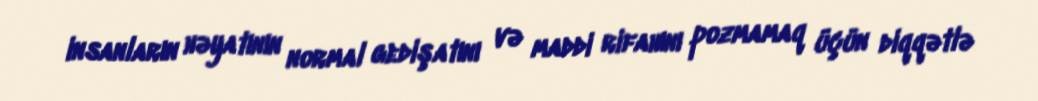
insanların həyatının normal gedişatını və maddi rifahını pozmamaq üçün diqqətlə